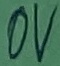
Text: 0V